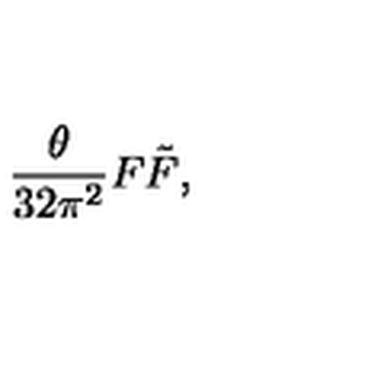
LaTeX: \frac { \theta } { 3 2 \pi ^ { 2 } } F \tilde { F } ,